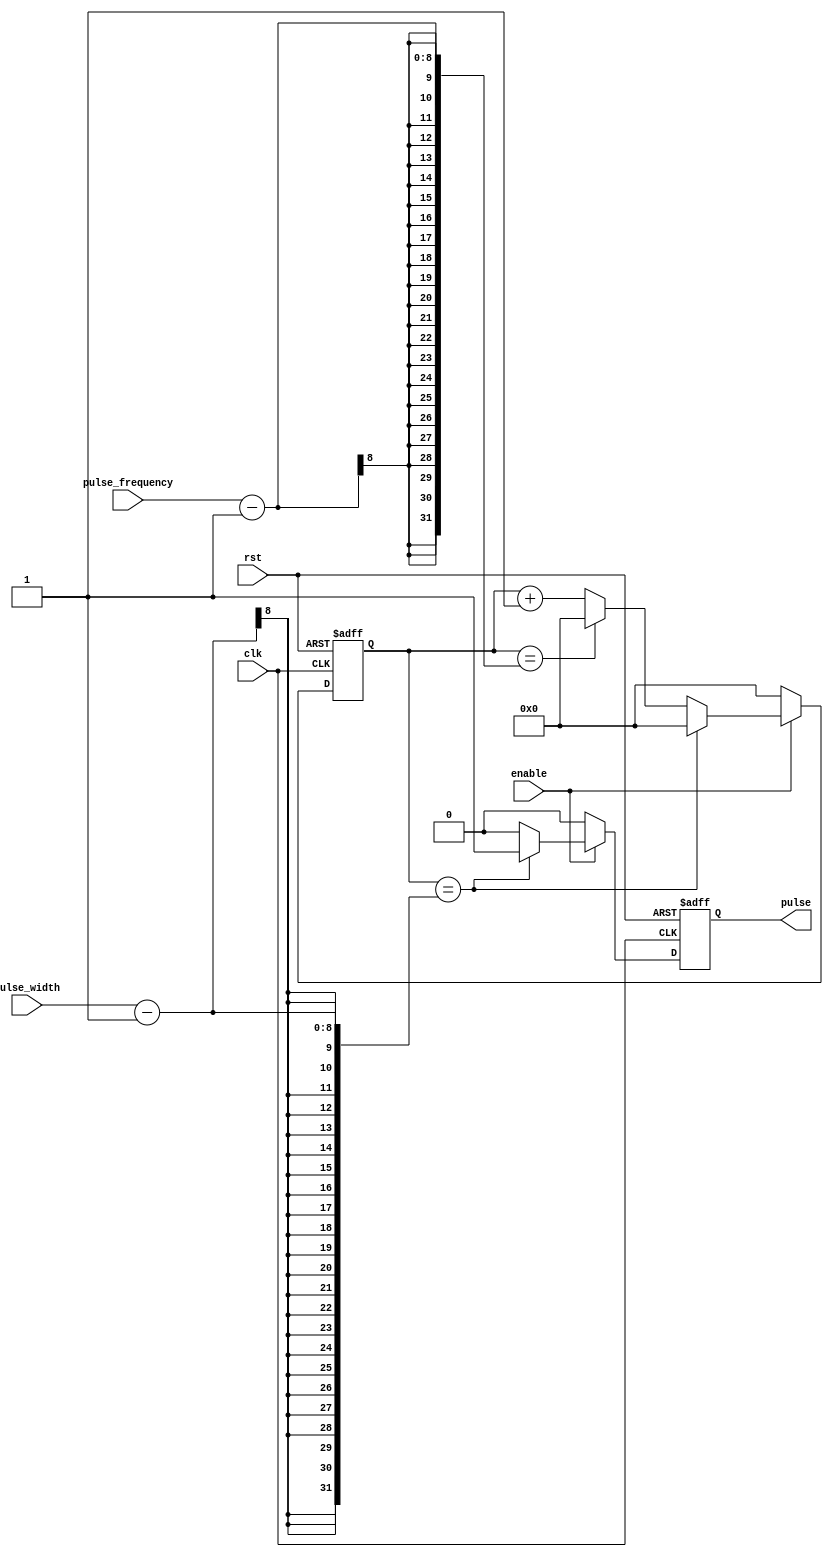
module Pulse_Generator (
    input wire clk,
    input wire rst,
    input wire enable,
    input wire [7:0] pulse_width,
    input wire [7:0] pulse_frequency,
    output reg pulse
);

reg [7:0] count;

always @(posedge clk or posedge rst) begin
    if (rst) begin
        count <= 8'h00;
        pulse <= 1'b0;
    end else begin
        if (enable) begin
            if (count == pulse_width - 1) begin
                count <= 8'h00;
                pulse <= 1'b1;
            end else begin
                if (count == pulse_frequency - 1) begin
                    count <= 8'h00;
                end else begin
                    count <= count + 1;
                end
                pulse <= 1'b0;
            end
        end else begin
            count <= 8'h00;
            pulse <= 1'b0;
        end
    end
end

endmodule